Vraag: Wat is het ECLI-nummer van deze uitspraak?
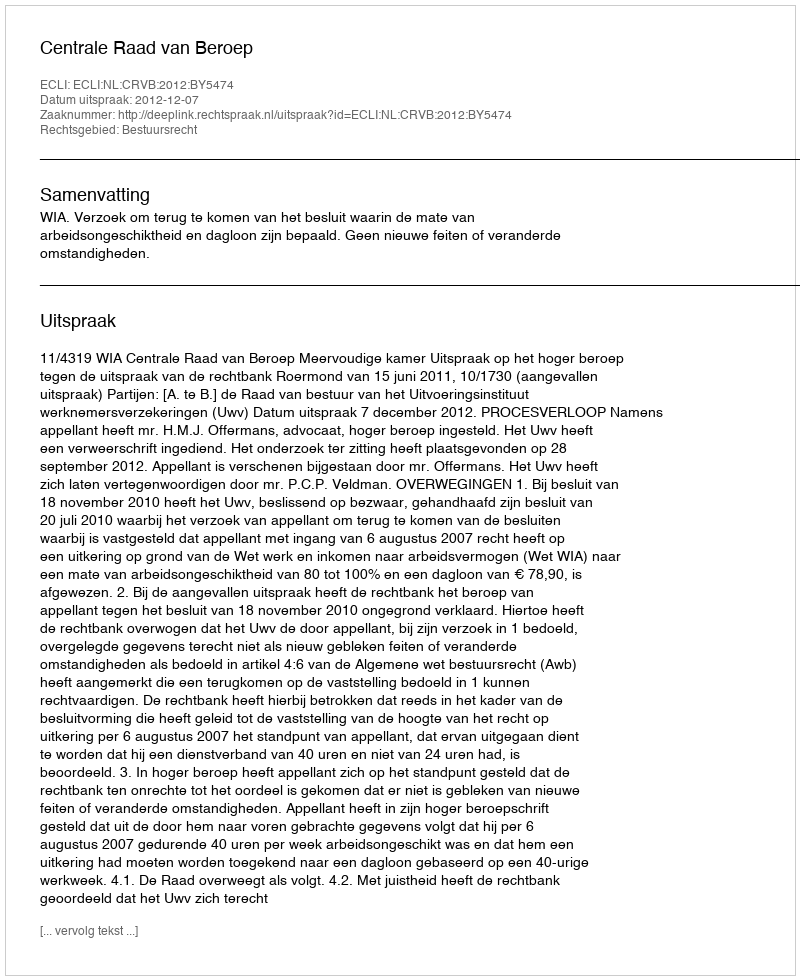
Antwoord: ECLI:NL:CRVB:2012:BY5474